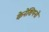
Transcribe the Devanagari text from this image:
केनेशियनों